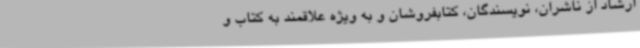
ارشاد از ناشران، نویسندگان، کتابفروشان و به ویژه علاقمند به کتاب و